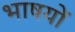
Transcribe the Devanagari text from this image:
भाषयों